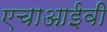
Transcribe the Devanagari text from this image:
एचाआईवी